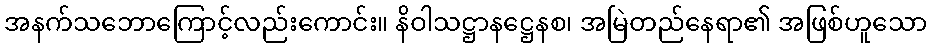
အနက်သဘောကြောင့်လည်းကောင်း။ နိဝါသဋ္ဌာနဋ္ဌေနစ၊ အမြဲတည်နေရာ၏ အဖြစ်ဟူသော